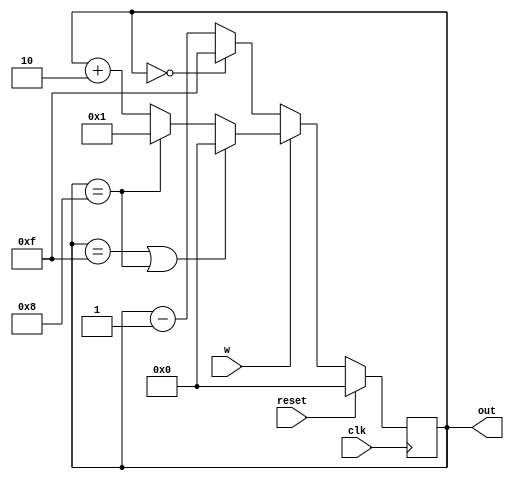
`timescale 1ns / 1ps

module counter_w(
    input clk,w,reset,
    output reg [3:0]out
    );
    
always @(posedge clk) begin
    if (reset) begin
      out <= 4'b0000;
    end
    else begin
      if (w) begin 
        if (out == 4'b1111 | out == 4'b1000) begin
          out <= 4'b0000;
        end
        else if(out == 4'b1000) begin
          out <= 4'b0001;
        end
        else begin
          out <= out + 4'b0010;
        end
      end
      else begin
       if (out == 4'b0000) begin
          out <= 4'b1111;
       end
       else begin
          out <= out - 1;
       end
       end
    end
  end
endmodule